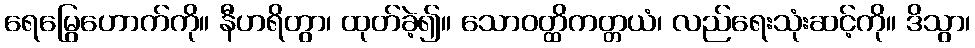
ရေမြွေဟောက်ကို။ နီဟရိတွာ၊ ထုတ်ခဲ့၍။ သောဝတ္ထိကတ္တယံ၊ လည်ရေးသုံးဆင့်ကို။ ဒိသွာ၊